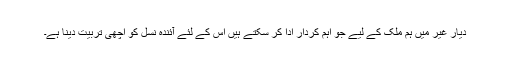
دیار غیر میں ہم ملک کے لیے جو اہم کردار ادا کر سکتے ہیں اس کے لئے آئندہ نسل کو اچھی تربیت دینا ہے۔